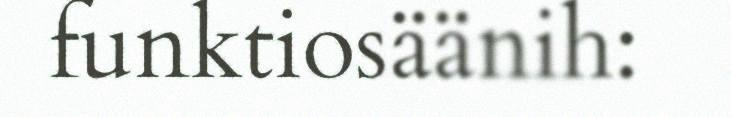
funktiosäänih: